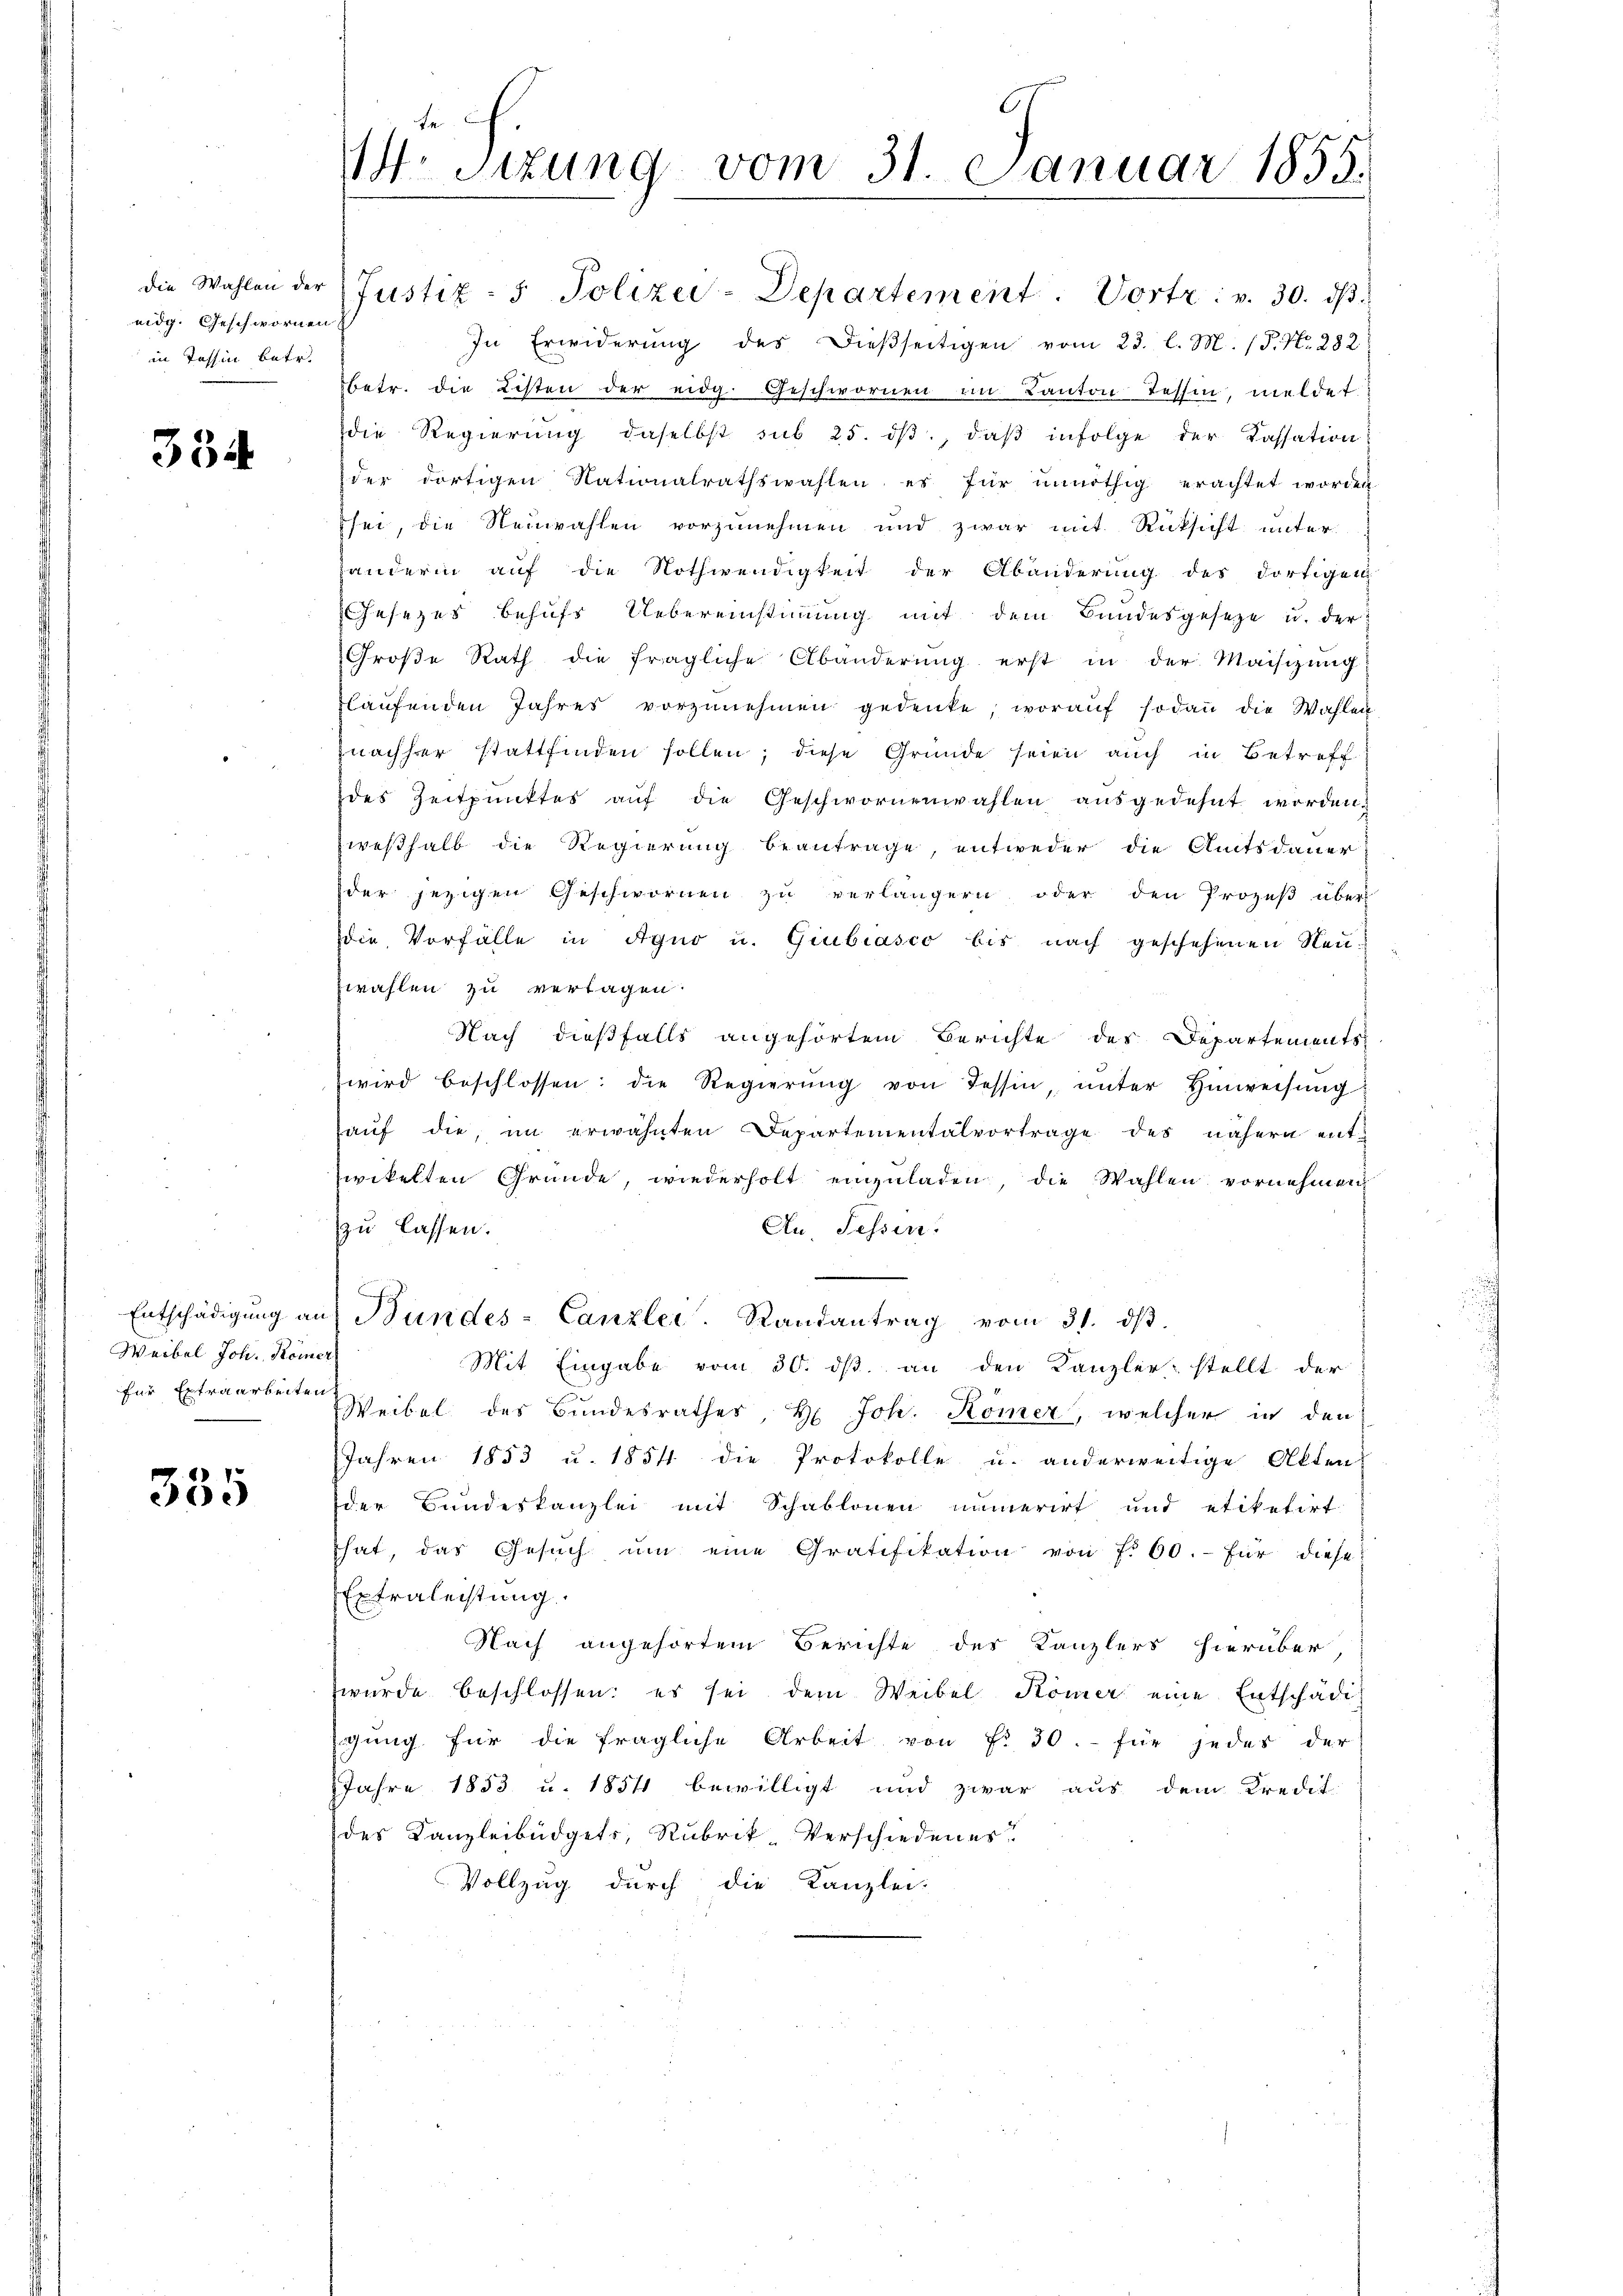
eidg. Geschwornen
in Tessin betr.

334

Weibel Joh. Römer
für Extraarkeiten.

335

W. Sizung vom 31. Januar 1855.

die Wahlen der Justiz- & Polizei-Departement. Vortr: v. 30. dβ.
In Erwiderung des dießseitigen vom 23. l. M. (P. Nr. 282
betr. die Listen der eidg. Geschwornen im Kanton Tessin, meldet
die Regierung daselbst sub 25. dβ, daß infolge der Cassation
der dortigen Nationalrathswahlen es für unnöthig erachtet worden
sei, die Neuwahlen vorzunehmen und zwar mit Rücksicht unter
handerin auf die Nothwendigkeit der Abänderung des dortigen
Gesezes behufs Uebereinstimmung mit dem Bundesgeseze u. der
Große Rath die fragliche Abänderung erst in der Maisizung
blaŭfenden Jahres vorzŭnehmen gedenke, woraŭf sodaṅ die Wahlen
znachher stattfinden sollen; diese Gründe seien auch in Betreff
des Zeitpunktes auf die Geschwornenwahlen ausgedehnt worden,
zweßhalb die Regierung beantrage, entweder die Amtsdauer
der jezigen Geschwornen zu verlängern oder den Prozeß über
die Vorfälle in Agno u. Giubiasco bis nach geschehenen Neuzwahlen zu verlagen.
Nach dießfalls angehörtem Berichte des Departements
wird beschlossen: die Regierŭng von Tessin, unter Hinweisung
auf die im erwähnten Departementalvortrage des nähern entzwikelten Gründe, wiederholt einzŭladen, die Wahlen vornehmen
An, Fessen.
zu lassen.
Entschädigŭng an Bundes-Canzlei. Randantrag vom 31. dβ.
Mit Eingabe vom 30. ds an den Kanzler stellt der
Weibel des Bundesrathes, H. Joh. Kömer, welcher in den
Jahren 1853 u. 1854 die Protokolle u. anderweitige Akten
der Bundeskanzlei mit Schablonen numerirt und etiketirt
hat, das Gesŭch ŭm eine Gratifikation von 700.- für diese
Extraleistung.
Nach angehörtem Berichte des Kanzlers hierüber
wurde beschlossen: es sei dem Weibel Kömer eine Entschädig
gŭng für die fragliche Arbeit von f. 30. für jedes der
Jahre 1853 u. 1854 bewilligt und zwar aus dem Kredit-
des Kanzleibüdgets, Rubrik Verschiedenes
Vollzug durch die Kanzlei-